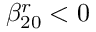
\beta _ { 2 0 } ^ { r } < 0